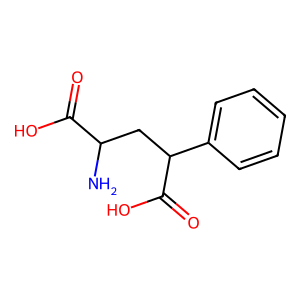
SMILES: NC(CC(C(=O)O)c1ccccc1)C(=O)O
Inhibits HIV replication: No